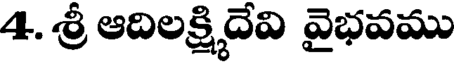
4. శ్రీ ఆదిలక్ష్మిదేవి వైభవము